Annual administration report of the Civil Veterinary Department, Ajmere-Merwara, British Rajputana - 1914-1940
Year: 1914
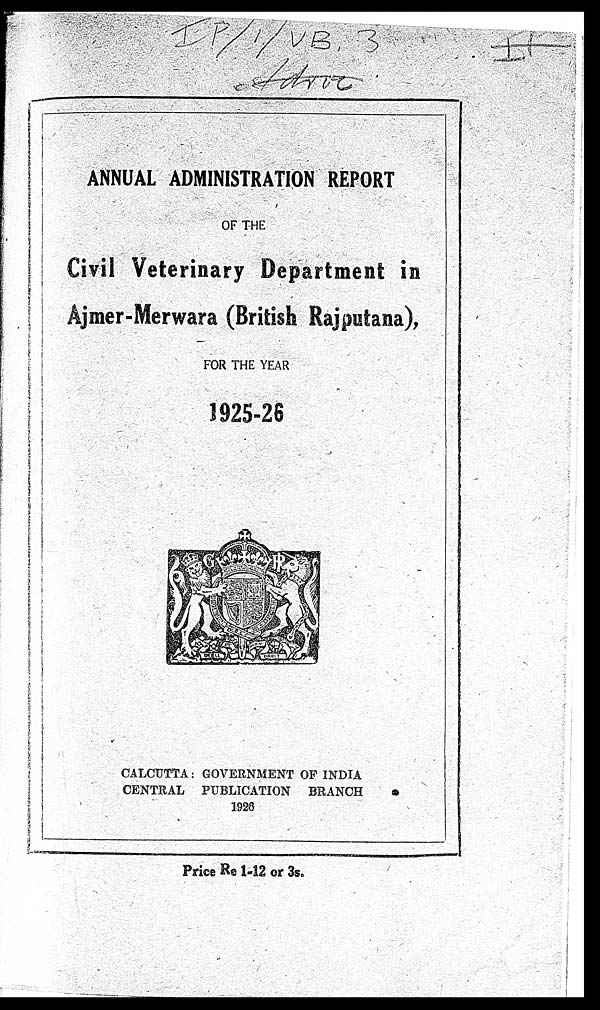
ANNUAL ADMINISTRATION REPORT
OF THE
Civil Veterinary Department in
Ajmer-Merwara (British Rajputana),
FOR THE YEAR
1925-26
CALCUTTA: GOVERNMENT OF INDIA
CENTRAL PUBLICATION BRANCH
1926
Price Re 1-12 or 3s.